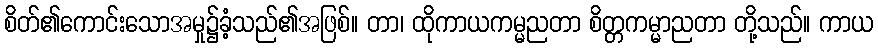
စိတ်၏ကောင်းသောအမှု၌ခံ့သည်၏အဖြစ်။ တာ၊ ထိုကာယကမ္မညတာ စိတ္တကမ္မာညတာ တို့သည်။ ကာယ